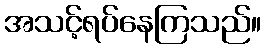
အသင့်ရပ်နေကြသည်။